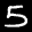
Label: 5